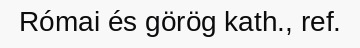
Római és görög kath., ref.